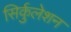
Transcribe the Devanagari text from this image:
सिर्कुलेशन